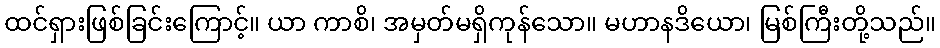
ထင်ရှားဖြစ်ခြင်းကြောင့်။ ယာ ကာစိ၊ အမှတ်မရှိကုန်သော။ မဟာနဒိယော၊ မြစ်ကြီးတို့သည်။